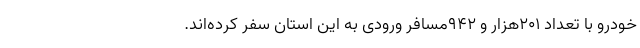
خودرو با تعداد ۲۰۱هزار و ۹۴۲مسافر ورودی به این استان سفر کرده‌اند.